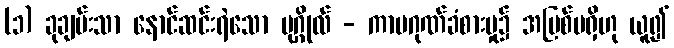
(၁) ခုချမ်းသာ နောင်ဆင်းရဲသော ပုဂ္ဂိုလ် - ကာမဂုဏ်ခံစားမှု၌ အပြစ်မရှိဟု ယူ၍